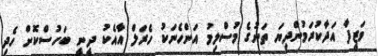
ވަޒީފާ އަދާކުރަމުންދިޔަ ތަނުގެ މުސްލިމު އަންހެނަކު ހެރަލް އާއެކު ދީނީ ބަހުސްކޮށް ހެދި